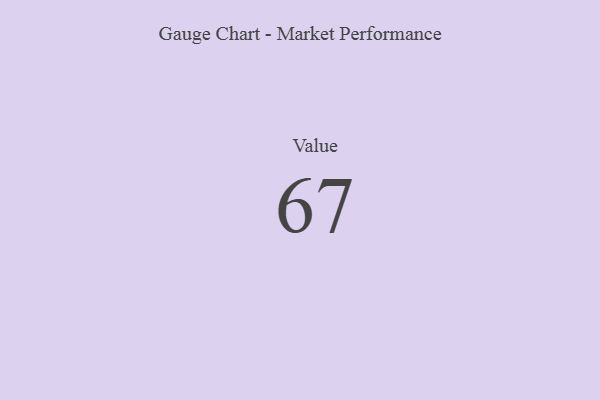
{"axis": {"x": "Metric", "y": "Value"}, "legend": [""], "data": [{"x": "Value", "y": 67, "type": ""}]}